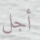
أجل